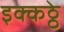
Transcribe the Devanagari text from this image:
इक्कठ्ठे